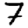
Digit: 7